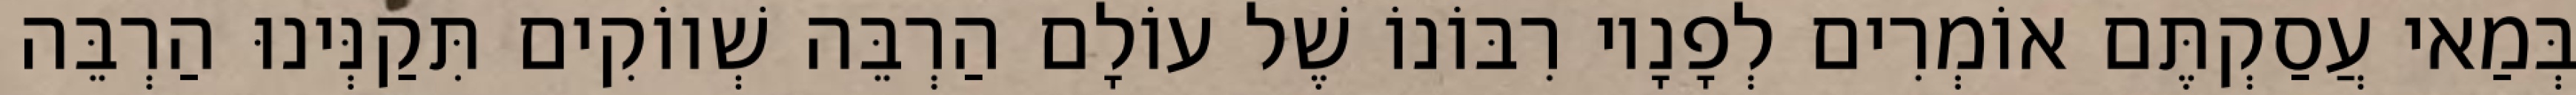
בְּמַאי עֲסַקְתֶּם אוֹמְרִים לְפָנָיו רִבּוֹנוֹ שֶׁל עוֹלָם הַרְבֵּה שְׁווֹקִים תִּקַנְּינוּ הַרְבֵּה